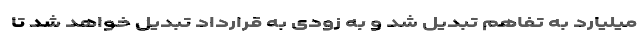
میلیارد به تفاهم تبدیل شد و به زودی به قرارداد تبدیل خواهد شد تا